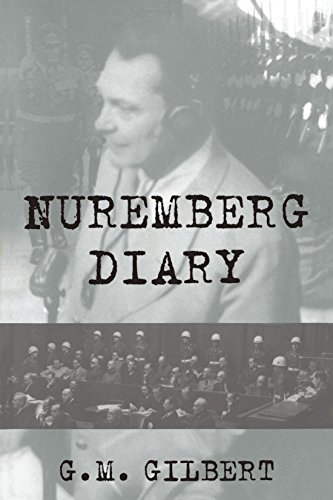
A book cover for Nuremberg Diary; G. M. Gilbert; Law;